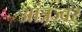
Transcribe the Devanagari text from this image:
आंत्रज्वर